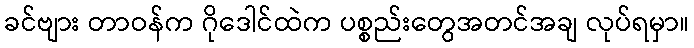
ခင်ဗျား တာဝန်က ဂိုဒေါင်ထဲက ပစ္စည်းတွေအတင်အချ လုပ်ရမှာ။